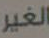
الغير